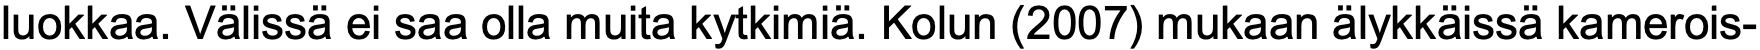
luokkaa. Välissä ei saa olla muita kytkimiä. Kolun (2007) mukaan älykkäissä kamerois-